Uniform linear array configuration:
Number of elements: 48
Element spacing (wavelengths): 1
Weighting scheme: binomial
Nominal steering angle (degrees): -60
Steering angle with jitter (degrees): -61.49
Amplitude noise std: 0.05
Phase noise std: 0.05

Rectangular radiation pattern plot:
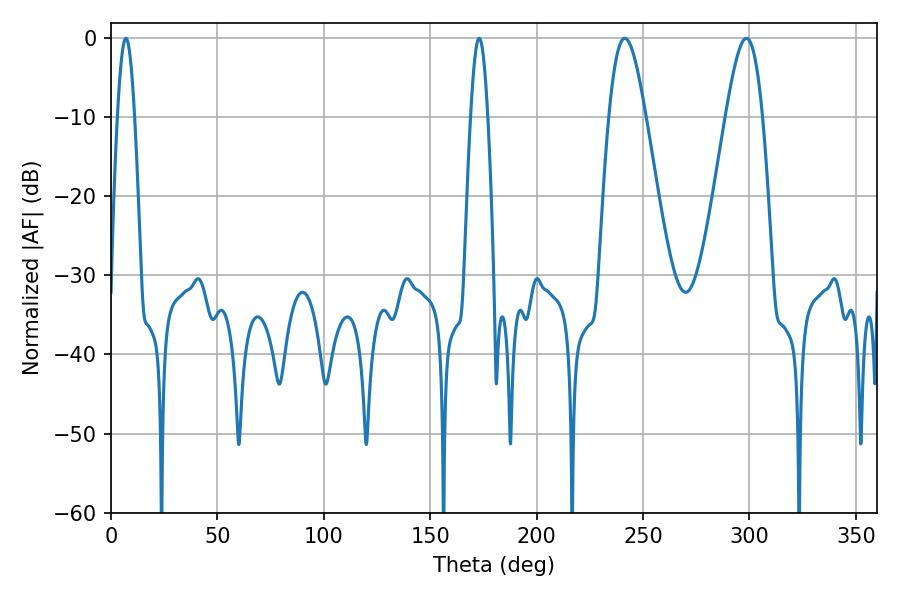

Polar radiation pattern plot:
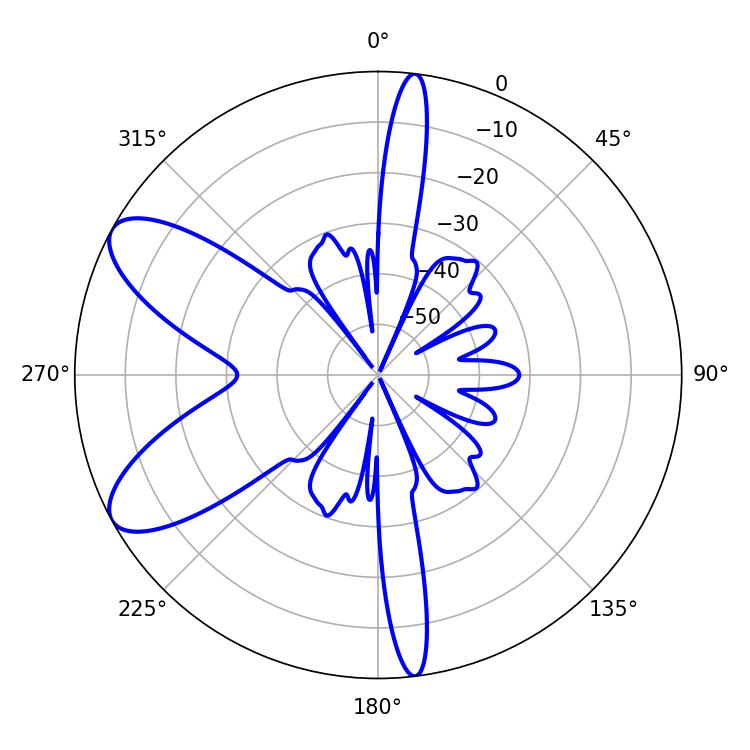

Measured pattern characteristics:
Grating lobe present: TRUE
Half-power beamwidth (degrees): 9.18
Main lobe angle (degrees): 241.38